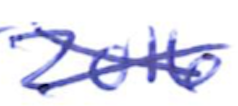
Text: 2016
Cross-out: cross
Writing tool: ballpoint